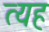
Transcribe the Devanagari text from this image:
त्यह